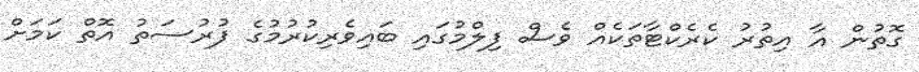
ގޮތުން އާ އިތުރު ކެރެކްޓާތަކެއް ވެސް ފިލްމުގައި ބައިވެރިކުރުމުގެ ފުރުސަތު އޮތް ކަމަށް